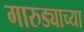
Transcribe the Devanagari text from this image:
गारुड्याच्या